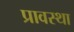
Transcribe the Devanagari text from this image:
प्रावस्‍था